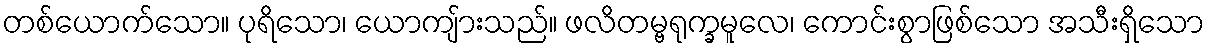
တစ်ယောက်သော။ ပုရိသော၊ ယောကျ်ားသည်။ ဖလိတမ္ဗရုက္ခမူလေ၊ ကောင်းစွာဖြစ်သော အသီးရှိသော